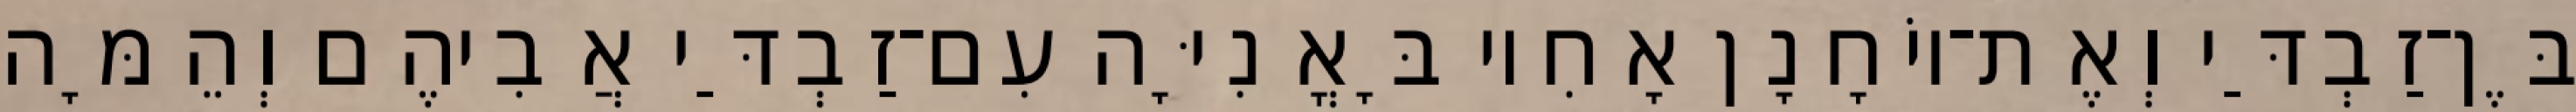
בֶּן־זַבְדַּי וְאֶת־יוֹחָנָן אָחִיו בָּאֳנִיָּה עִם־זַבְדַּי אֲבִיהֶם וְהֵמָּה